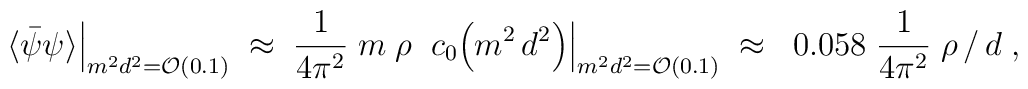
\langle \bar{\psi} \psi \rangle \Big|_{m^2d^2={\cal O}(0.1)}\; \approx \; \frac{1}{ 4 \pi^2 } \; m \; \rho \; \; c_0 \Bigl( m^2 \, d^2 \Bigr)\Big|_{m^2d^2={\cal O}(0.1)} \; \approx \;  \; 0.058 \; \frac{1}{ 4 \pi^2 } \; \rho \, / \, d \; ,